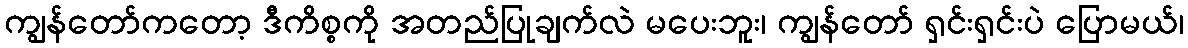
ကျွန်တော်ကတော့ ဒီကိစ္စကို အတည်ပြုချက်လဲ မပေးဘူး၊ ကျွန်တော် ရှင်းရှင်းပဲ ပြောမယ်၊